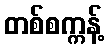
တစ်စက္ကန့်